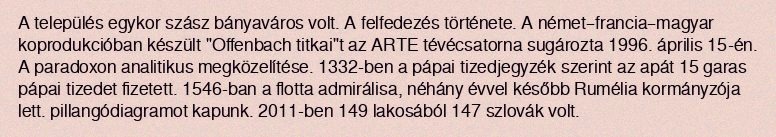
A település egykor szász bányaváros volt. A felfedezés története. A német–francia–magyar koprodukcióban készült "Offenbach titkai"t az ARTE tévécsatorna sugározta 1996. április 15-én. A paradoxon analitikus megközelítése. 1332-ben a pápai tizedjegyzék szerint az apát 15 garas pápai tizedet fizetett. 1546-ban a flotta admirálisa, néhány évvel később Rumélia kormányzója lett. pillangódiagramot kapunk. 2011-ben 149 lakosából 147 szlovák volt.